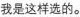
我是这样选的。